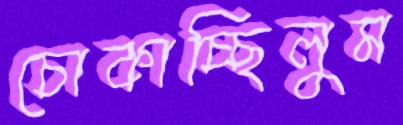
চোকাচ্ছিলুম